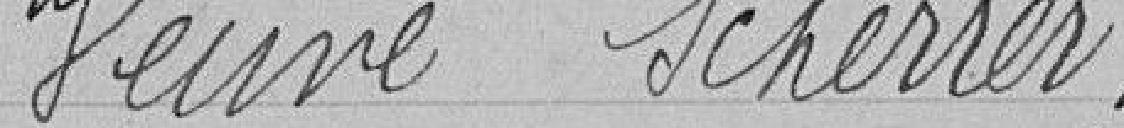
Veuve Scherrer.